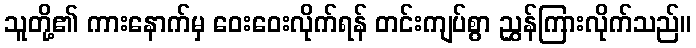
သူတို့၏ ကားနောက်မှ ဝေးဝေးလိုက်ရန် တင်းကျပ်စွာ ညွှန်ကြားလိုက်သည်။